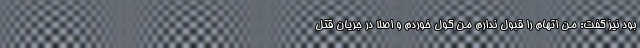
بود نیز گفت: من اتهام را قبول ندارم من گول خوردم و اصلا در جریان قتل